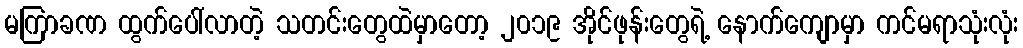
မကြာခဏ ထွက်ပေါ်လာတဲ့ သတင်းတွေထဲမှာတော့ ၂၀၁၉ အိုင်ဖုန်းတွေရဲ့ နောက်ကျောမှာ ကင်မရာသုံးလုံး